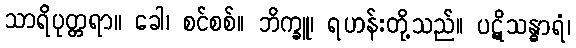
သာရိပုတ္တရာ။ ခေါ၊ စင်စစ်။ ဘိက္ခူ၊ ရဟန်းတို့သည်။ ပဋိသန္ဓာရံ၊